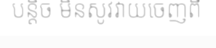
បន្តិច មិនសូវវាយចេញពី